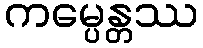
ကမ္ပေန္တဿ